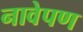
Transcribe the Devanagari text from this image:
नावेपण